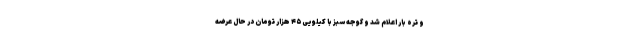
و تره بار اعلام شد و گوجه سبز با کیلویی ۴۵ هزار تومان در حال عرضه